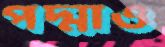
পদ্মাও